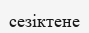
сезіктене